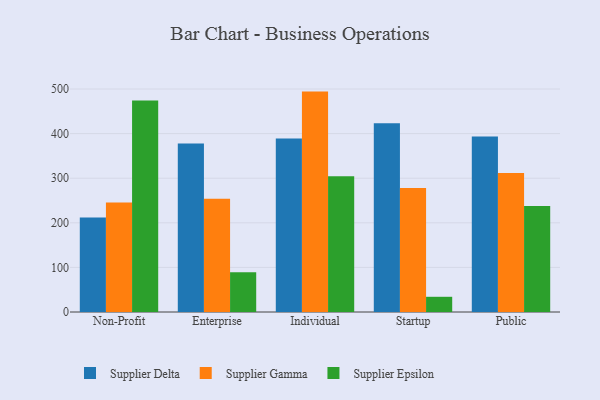
{"axis": {"x": "Segment", "y": "Humidity (%)"}, "legend": ["Supplier Delta", "Supplier Epsilon", "Supplier Gamma"], "data": [{"x": "Non-Profit", "y": 211.9, "type": "Supplier Delta"}, {"x": "Non-Profit", "y": 245.3, "type": "Supplier Gamma"}, {"x": "Non-Profit", "y": 474.0, "type": "Supplier Epsilon"}, {"x": "Enterprise", "y": 378.0, "type": "Supplier Delta"}, {"x": "Enterprise", "y": 254.2, "type": "Supplier Gamma"}, {"x": "Enterprise", "y": 89.4, "type": "Supplier Epsilon"}, {"x": "Individual", "y": 389.1, "type": "Supplier Delta"}, {"x": "Individual", "y": 494.2, "type": "Supplier Gamma"}, {"x": "Individual", "y": 304.6, "type": "Supplier Epsilon"}, {"x": "Startup", "y": 423.0, "type": "Supplier Delta"}, {"x": "Startup", "y": 278.0, "type": "Supplier Gamma"}, {"x": "Startup", "y": 34.1, "type": "Supplier Epsilon"}, {"x": "Public", "y": 393.5, "type": "Supplier Delta"}, {"x": "Public", "y": 311.7, "type": "Supplier Gamma"}, {"x": "Public", "y": 237.9, "type": "Supplier Epsilon"}]}